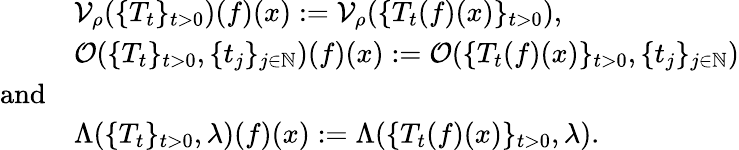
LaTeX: \begin{array}{rl}&{\mathcal{V}_{\rho}(\{ T_{t}\} _{t>0})(f)(x):=\mathcal{V}_{\rho}(\{ T_{t}(f)(x)\} _{t>0}),}\\ &{\mathcal{O}(\{ T_{t}\} _{t>0},\{ t_{j}\} _{j\in\mathbb{N}})(f)(x):=\mathcal{O}(\{ T_{t}(f)(x)\} _{t>0},\{ t_{j}\} _{j\in\mathbb{N}})}\\ {\mathrm{and}}\\ &{\Lambda(\{ T_{t}\} _{t>0},\lambda)(f)(x):=\Lambda(\{ T_{t}(f)(x)\} _{t>0},\lambda).}\end{array}